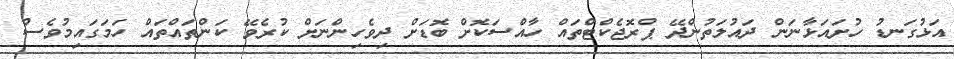
އަޅުގަނޑު ހުށައަޅާނަން ދައުލަތުންދޭ ޕްރޮޖެކްޓްތައް ހާއްސަކޮށް ބޮޑަށް ދިވެހިންނަށް ކުރެވޭ ކަންތައްތައް ހަމަގައިމުވެސް